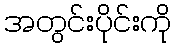
အတွင်းပိုင်းကို